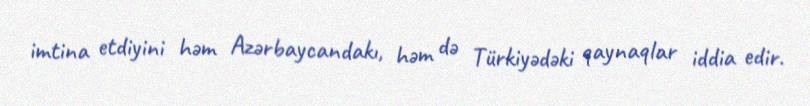
imtina etdiyini həm Azərbaycandakı, həm də Türkiyədəki qaynaqlar iddia edir.